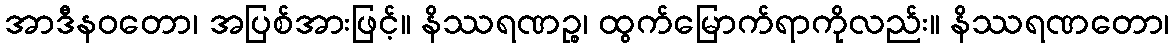
အာဒီနဝတော၊ အပြစ်အားဖြင့်။ နိဿရဏဉ္စ၊ ထွက်မြောက်ရာကိုလည်း။ နိဿရဏတော၊